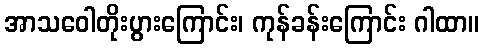
အာသဝေါတိုးပွားကြောင်း၊ ကုန်ခန်းကြောင်း ဂါထာ။